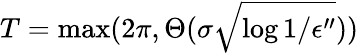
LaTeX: T=\operatorname*{max}(2\pi,\Theta(\sigma\sqrt{\log{1/\epsilon^{\prime\prime}}}))